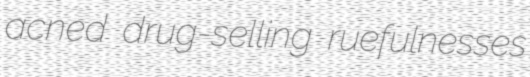
acned drug-selling ruefulnesses